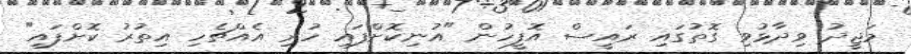
މަޖީދު ވިދާޅުވި ގޮތުގައި ރައީސް އޮފީހުން "އުނިކޮށްފައި ހުރި އެއްޗެހި އިތުރު ކޮށްފައި"